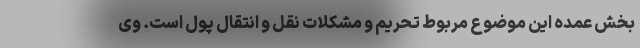
بخش عمده این موضوع مربوط تحریم و مشکلات نقل و انتقال پول است. وی